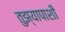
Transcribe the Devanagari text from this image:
तुझ्यापाशी